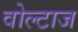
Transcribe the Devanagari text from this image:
वोल्टाज